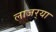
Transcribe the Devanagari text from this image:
लाजर्‍या